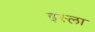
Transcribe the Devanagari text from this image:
इस्‍ला